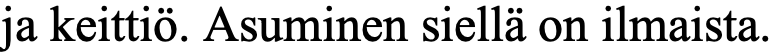
ja keittiö. Asuminen siellä on ilmaista.